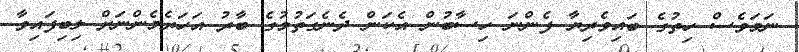
ނަމަވެސް ހިތުގެ ބައިވެރިޔާ ފެންނަ ހިސާބުން އެކަން ދެނެގަތުމުގެ ބާރު އަހަރެމެންނަށް ލިބިފައިވާ